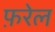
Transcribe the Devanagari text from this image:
फ़रेल